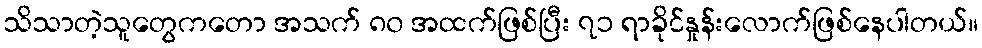
သိသာတဲ့သူတွေကတော အသက် ၈၀ အထက်ဖြစ်ပြီး ၇၁ ရာခိုင်နှုန်းလောက်ဖြစ်နေပါတယ်။